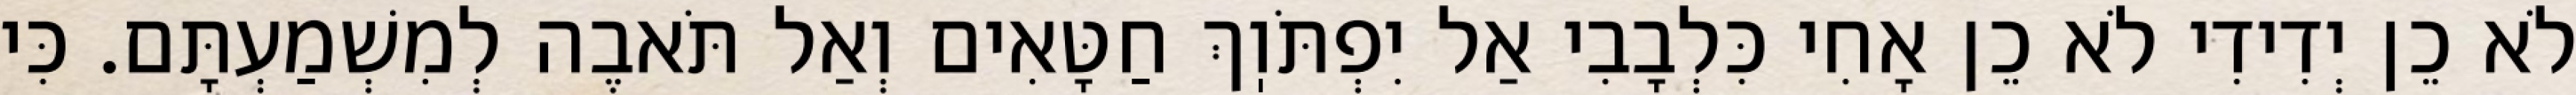
לֹא כֵן יְדִידִי לֹא כֵן אָחִי כִּלְבָבִי אַל יִפְתֹּוֽךְ חַטָּאִים וְאַל תֹּאבֶה לְמִשְׁמַעְתָּם. כִּי